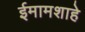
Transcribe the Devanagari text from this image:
ईमामशाहे